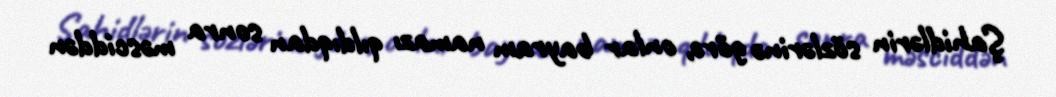
Şahidlərin sözlərinə görə, onlar bayram namazı qıldıqdan sonra məsciddən